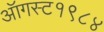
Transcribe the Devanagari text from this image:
ऑगस्ट१९८४